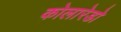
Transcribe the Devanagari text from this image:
कोलारेडो